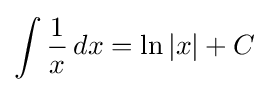
\int {1 \over x}\,dx=\ln \left|x\right|+C